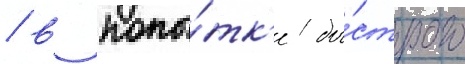
/ в попы́тк'е бы́строго